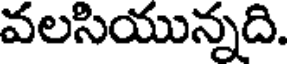
వలసియున్నది.